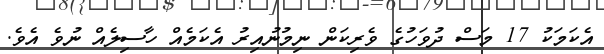
އެކަމަކު 17 މަސް ދުވަހުގެ ވެރިކަން ނިމުނުއިރު އެކަމެއް ހާސިލެއް ނުވެ އެވެ.